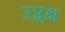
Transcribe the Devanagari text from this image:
उप्लक्ष